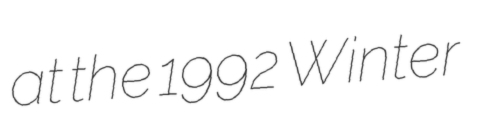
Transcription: at the 1992 Winter